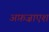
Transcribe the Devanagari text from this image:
अफ़ज़ाएश